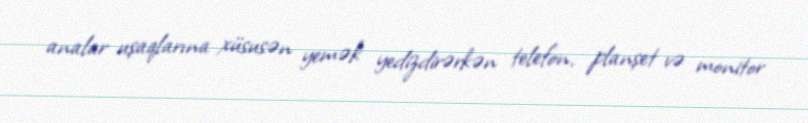
analar uşaqlarına xüsusən yemək yedizdirərkən telefon, planşet və monitor